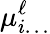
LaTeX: \mu_{i\ldots}^{\ell}